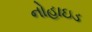
નોહાઇડ